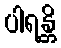
ပါရန္တိ